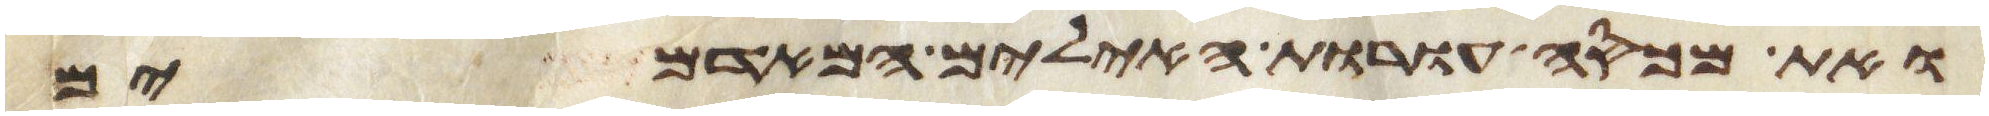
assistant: ואת מכסה עורת האילים המאדמים